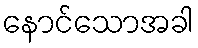
နောင်သောအခါ